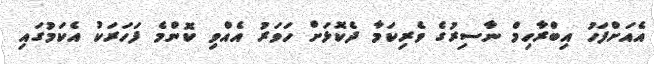
އެއަށްފަހު އިބްރާހިމް ނާސިރުގެ ވެރިކަމާ ދެކޮޅަށް ހަވަރު އެއްވި ކޮންމެ ފަހަރަކު އެކަމުގައި